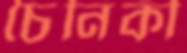
চৈনিকী